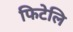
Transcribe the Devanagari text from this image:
फिटेलि